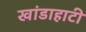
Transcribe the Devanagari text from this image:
खांडाहाटी